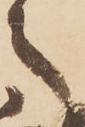
之